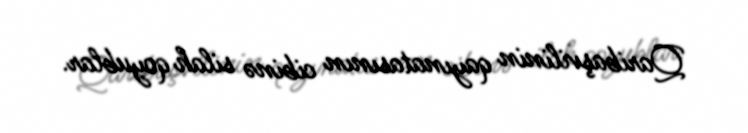
Qaribaşvilinin qayınatasının cibinə silah qoyublar.